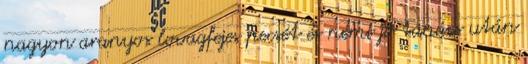
nagyon aranyos lovagfejes pecsét és némi jó tanács után